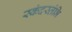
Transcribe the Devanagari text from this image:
स्कंदस्तंभि